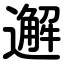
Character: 邂